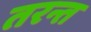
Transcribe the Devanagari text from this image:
तरन्त